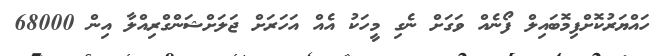
ހައްޔަރުކޮށްފިމޮބައިލް ފޯނެއް ވަގަށް ނެގި މީހަކު އެއް އަހަރަށް ޖަލަށްޝަންގްރިއްލާ އިން 68000